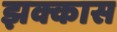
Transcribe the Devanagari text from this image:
झक्कास